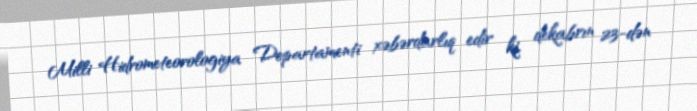
Milli Hidrometeorologiya Departamenti xəbərdarlıq edir ki, dekabrın 23-dən